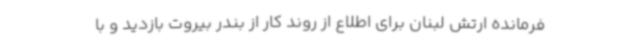
فرمانده ارتش لبنان برای اطلاع از روند کار از بندر بیروت بازدید و با